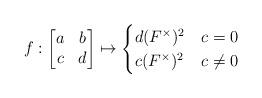
LaTeX: \begin{align*} f:\begin{bmatrix}a&b\\c&d \end{bmatrix} \mapsto \begin{cases} d(F^{\times})^2&c=0 \\ c(F^{\times})^2&c\neq 0 \end{cases}\end{align*}